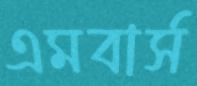
এমবার্স